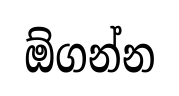
ඕගන්න